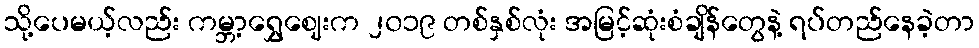
သို့ပေမယ့်လည်း ကမ္ဘာ့ရွှေဈေးက ၂၀၁၉ တစ်နှစ်လုံး အမြင့်ဆုံးစံချိန်တွေနဲ့ ရပ်တည်နေခဲ့တာ